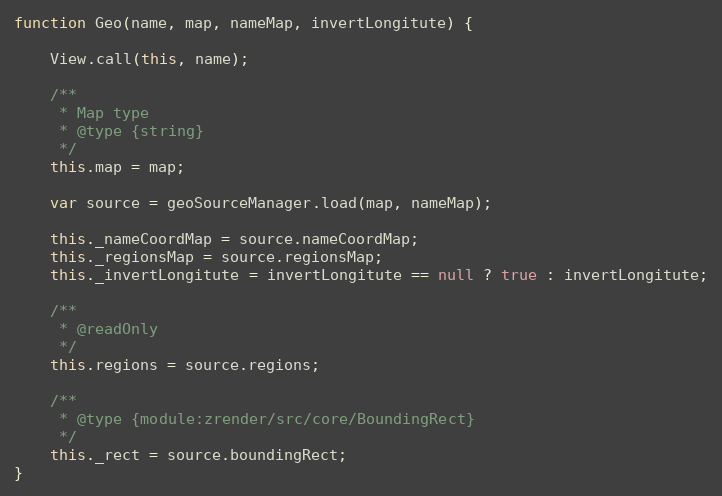
Language: JavaScript
function Geo(name, map, nameMap, invertLongitute) {

    View.call(this, name);

    /**
     * Map type
     * @type {string}
     */
    this.map = map;

    var source = geoSourceManager.load(map, nameMap);

    this._nameCoordMap = source.nameCoordMap;
    this._regionsMap = source.regionsMap;
    this._invertLongitute = invertLongitute == null ? true : invertLongitute;

    /**
     * @readOnly
     */
    this.regions = source.regions;

    /**
     * @type {module:zrender/src/core/BoundingRect}
     */
    this._rect = source.boundingRect;
}